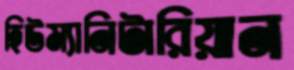
হিউম্যানিটারিয়ান